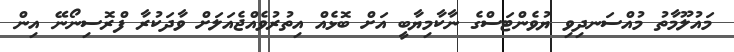
މައުލޫމާތު މުއްސަނދިވި ޔުވެންޓަސްގެ ނާކާމިޔާބީ އަށް ބޮޅެއް އިތުރުވެއްޖެއަލަށް ވާދަކުރާ ފްރޮސިނޯނޭ އިން